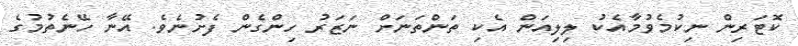
ކޮޓަރިން ނިކުމެވުމާއެކު ލިލިއަން އެކި ތަންތަނަށް ނަޒަރު ހިންގެން ފެށުނެވެ. އޭނާ ހޭނެތުމުގެ